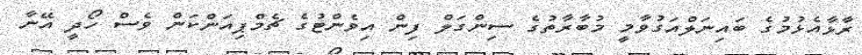
ރާޅާއެޅުމުގެ ބައިނަލްއަގުވާމީ މުބާރާތުގެ ސިންގަލް ފިން އިވެންޓުގެ ޗެމްޕިއަންކަން ވެސް ހޯދީ އޭނާ